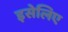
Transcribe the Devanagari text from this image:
इसेलिए